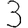
Digit: 3